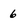
Character: 6